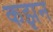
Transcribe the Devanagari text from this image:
कझन